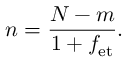
n = \frac { N - m } { 1 + f _ { \mathrm { e t } } } .